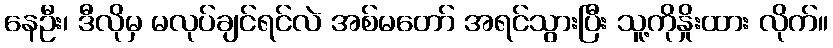
နေဦး၊ ဒီလိုမှ မလုပ်ချင်ရင်လဲ အစ်မတော် အရင်သွားပြီး သူ့ကိုနှိုးထား လိုက်။